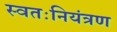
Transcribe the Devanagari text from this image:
स्वतःनियंत्रण